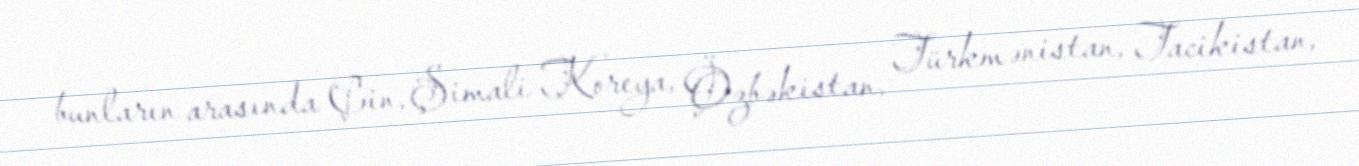
bunların arasında Çin, Şimali Koreya, Özbəkistan, Türkmənistan, Tacikistan,